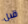
قبل